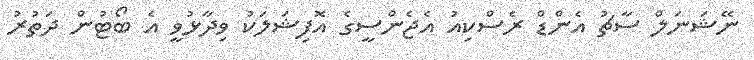
ނޭޝަނަލް ސާޗު އެންޑް ރެސްކިއު އެޖެންސީގެ އޮފިޝަލަކު ވިދާޅުވީ އެ ބޯޓުން ދަތުރު